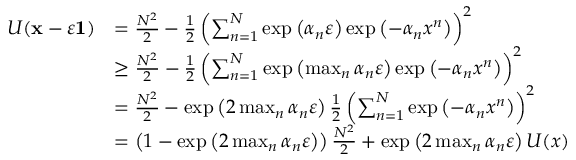
\begin{array} { r l } { U ( \mathbf { x } - \varepsilon \mathbf { 1 } ) } & { = \frac { N ^ { 2 } } { 2 } - \frac { 1 } { 2 } \left( \sum _ { n = 1 } ^ { N } \exp \left( \alpha _ { n } \varepsilon \right) \exp \left( - \alpha _ { n } x ^ { n } \right) \right) ^ { 2 } } \\ & { \geq \frac { N ^ { 2 } } { 2 } - \frac { 1 } { 2 } \left( \sum _ { n = 1 } ^ { N } \exp \left( \operatorname* { m a x } _ { n } \alpha _ { n } \varepsilon \right) \exp \left( - \alpha _ { n } x ^ { n } \right) \right) ^ { 2 } } \\ & { = \frac { N ^ { 2 } } { 2 } - \exp \left( 2 \operatorname* { m a x } _ { n } \alpha _ { n } \varepsilon \right) \frac { 1 } { 2 } \left( \sum _ { n = 1 } ^ { N } \exp \left( - \alpha _ { n } x ^ { n } \right) \right) ^ { 2 } } \\ & { = \left( 1 - \exp \left( 2 \operatorname* { m a x } _ { n } \alpha _ { n } \varepsilon \right) \right) \frac { N ^ { 2 } } { 2 } + \exp \left( 2 \operatorname* { m a x } _ { n } \alpha _ { n } \varepsilon \right) U ( x ) } \end{array}